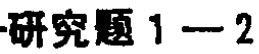
研究题 1 - 2